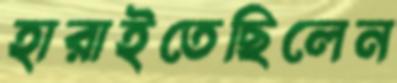
হারাইতেছিলেন